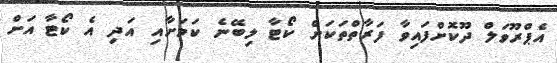
އެޕްރޫވަލް ދޫކޮށްފައިވާ ފަރާތްތަކަށް ކޯޓާ ލިބޭނެ ކަމަށާއި އަދި އެ ކޯޓާ އަށް